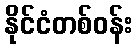
နိုင်ငံတစ်ဝန်း